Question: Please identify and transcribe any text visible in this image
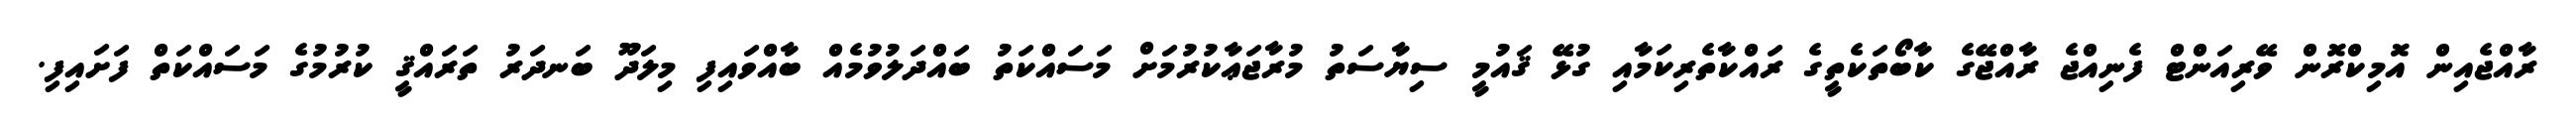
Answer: ރާއްޖެއިން އޮމިކްރޮން ވޭރިއަންޓް ފެނިއްޖެ ރާއްޖޭގެ ކާބޯތަކެތީގެ ރައްކާތެރިކަމާއި ގުޅޭ ޤައުމީ ސިޔާސަތު މުރާޖަޢާކުރުމަށް މަސައްކަތު ބައްދަލުވުމެއް ބާއްވައިފި މިލަދޫ ބަނދަރު ތަރައްޤީ ކުރުމުގެ މަސައްކަތް ފަށައިފި.